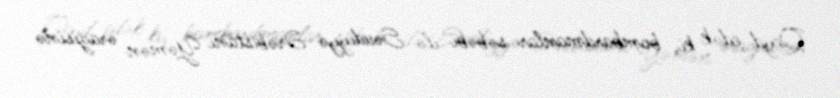
Qeyd edək ki, bombardmanlar səbəbi ilə Səudiyyə Ərəbistanı Yəmən ərazisinə